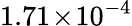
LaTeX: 1.71\! \times\! 10^{-4}